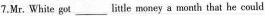
7.Mr. White got ___ lttle money a month that he could